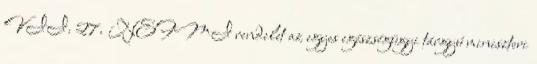
VII. 27. NEFMI rendelet az egyes egészségügyi tárgyú miniszteri